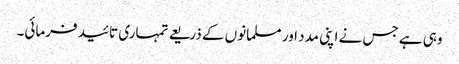
وہی ہے جس نے اپنی مدد اور مسلمانوں کے ذریعے تمہاری تائید فرمائی۔